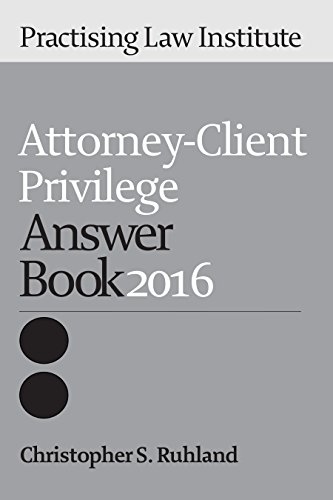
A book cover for Attorney-Client Privilege Answer Book 2016; Christopher S. Ruhland; Law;